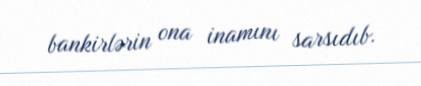
bankirlərin ona inamını sarsıdıb.